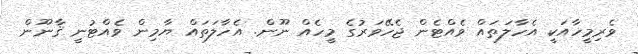
ވެރިމީހާއަކީ އެހާލަތައް ވެއްޓެން ޖެހޭވަރުގެ މީހެއް ނޫން. އެހާލަތައް ޔާމިން ވެއްޓުނީ ޤާނޫން